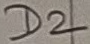
Text: D2